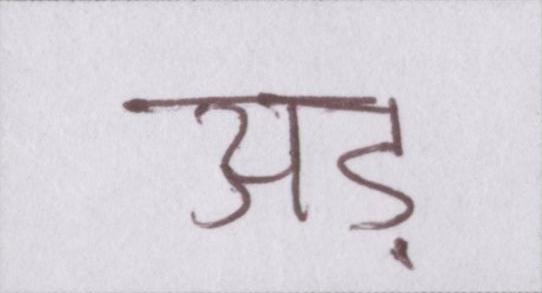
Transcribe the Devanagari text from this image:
अड़